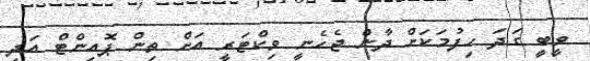
ވީބީ ގަދަ ހިފުމަކަށް ދާން ޖެހެނީ ވިކްޓަރީ އަށް ތިން ޕޮއިންޓް އަދި